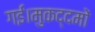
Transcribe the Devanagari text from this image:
गई।मुकद्दमों